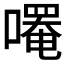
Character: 𫫼